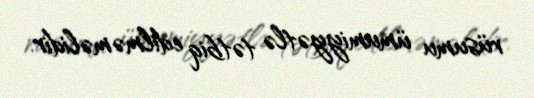
rüsumu ümumiyyətlə tətbiq edilməməlidir.